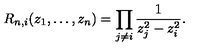
R _ { n , i } ( z _ { 1 } , \dots , z _ { n } ) = \prod _ { j \not = i } \frac { 1 } { z _ { j } ^ { 2 } - z _ { i } ^ { 2 } } .